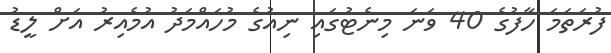
ފުރަތަމަ ހާފުގެ 40 ވަނަ މިނެޓުގައި ނިއުގެ މުހައްމަދު އުމެއިރު އަށް ލީޑު